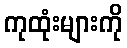
ကုထုံးများကို